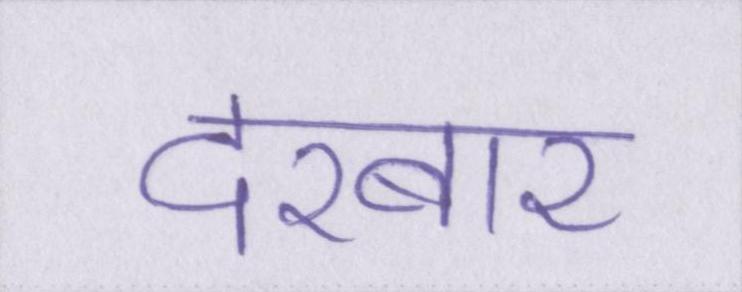
दरबार